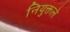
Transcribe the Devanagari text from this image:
नियुक्तले